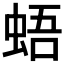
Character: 𧋋